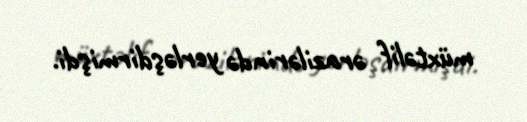
müxtəlif ərazilərində yerləşdirmişdi.